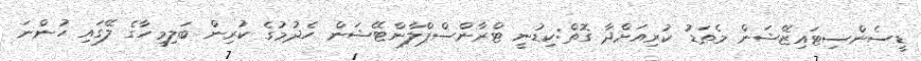
ޑީސެންސިޓައިޒޭޝަން މެތަޑު ކުރިއަށްދާ ގޮތް:ކިޑުނީ ޓްރާންސްޕްލާންޓޭޝަން ހެދުމުގެ ކުރިން ބަލިމީހާގެ ލޭގައި ހުންނަ